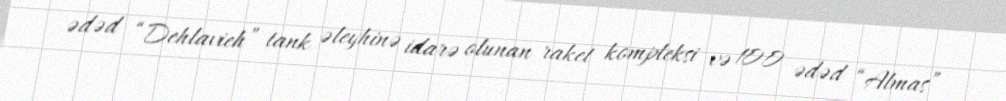
ədəd “Dehlavieh” tank əleyhinə idarə olunan raket kompleksi və 100 ədəd “Almas”